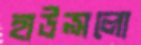
হাউন্সলো